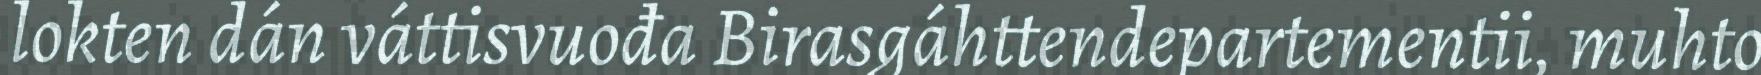
lokten dán váttisvuođa Birasgáhttendepartementii, muhto